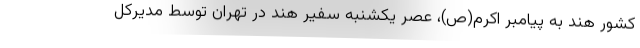
کشور هند به پیامبر اکرم(ص)، عصر یکشنبه سفیر هند در تهران توسط مدیرکل